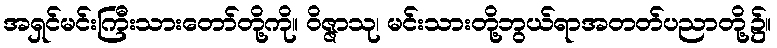
အရှင်မင်းကြီးသားတော်တို့ကို။ ဝိဇ္ဇာသု၊ မင်းသားတို့ဘွယ်ရာအတတ်ပညာတို့၌။